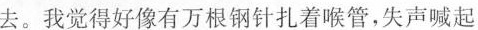
去。我觉得好像有万根钢针扎着喉管，失声喊起